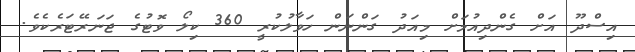
އިސްދޫ އަށް ގެންދިއުމަށް މިއަދު ގަންނަން ހަވާލުކުރީ 360 ކިލޯ ވޮޓުގެ ޖަނަރޭޓަރެކެވެ.